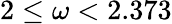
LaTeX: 2\leq\omega<2.373